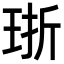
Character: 𪻢